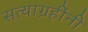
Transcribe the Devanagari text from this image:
सत्याग्रहींनी